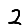
Digit: 2